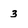
Character: 3